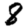
Digit: 8